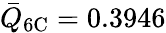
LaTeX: \bar{Q}_{\mathrm{6C}}=0.3946